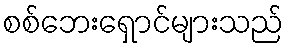
စစ်ဘေးရှောင်များသည်